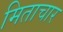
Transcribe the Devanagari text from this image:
मिताचार